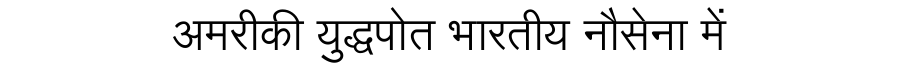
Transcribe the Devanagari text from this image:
अमरीकी युद्धपोत भारतीय नौसेना में